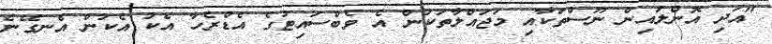
"އަދި އޮންލައިން ނޫސްތަކާއި މަޖައްލާތަކުން އެ ވެބްސައިޓުގެ އެޑްރެހާ އެކު އެކަން އެނގޭނެ